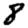
Digit: 8